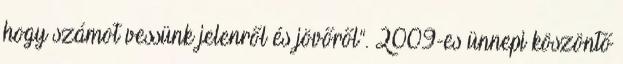
hogy számot vessünk jelenről és jövőről”. 2009-es ünnepi köszöntő